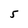
Character: 5